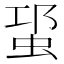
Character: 𧊡